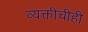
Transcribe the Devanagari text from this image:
व्यक्तीचीही